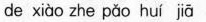
de xiào zhe pǎo huí jiā